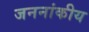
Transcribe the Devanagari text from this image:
जननांकीय